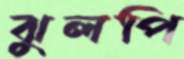
ঝুলপি